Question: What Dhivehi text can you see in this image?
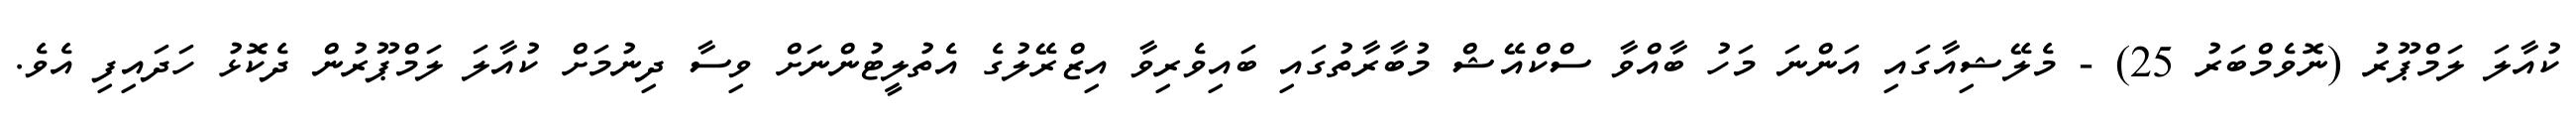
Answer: ކުއާލަ ލަމްޕޫރު (ނޮވެމްބަރު 25) - މެލޭޝިއާގައި އަންނަ މަހު ބާއްވާ ސްކްއޭޝް މުބާރާތުގައި ބައިވެރިވާ އިޒްރޭލުގެ އެތުލީޓުންނަށް ވިސާ ދިނުމަށް ކުއާލަ ލަމްޕޫރުން ދެކޮޅު ހަދައިފި އެވެ.